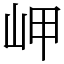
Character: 岬